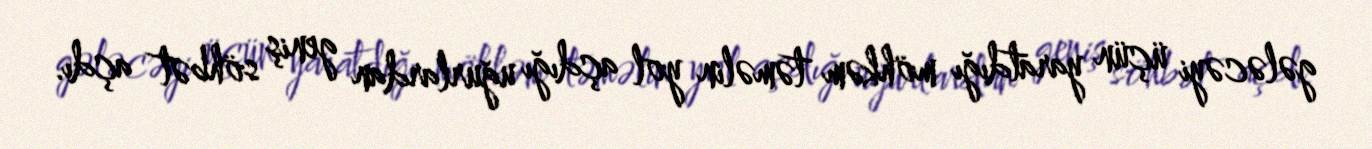
gələcəyi üçün yaratdığı möhkəm təməlin yol açdığı uğurlardan geniş söhbət açdı.